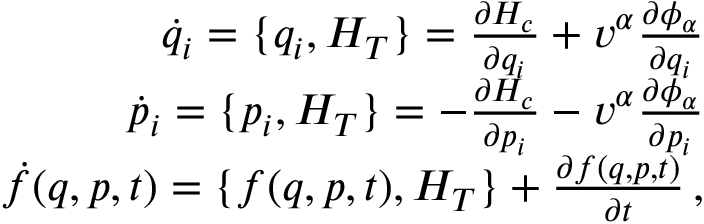
\begin{array} { r } { \dot { q } _ { i } = \{ q _ { i } , H _ { T } \} = \frac { \partial H _ { c } } { \partial q _ { i } } + v ^ { \alpha } \frac { \partial \phi _ { \alpha } } { \partial q _ { i } } } \\ { \dot { p } _ { i } = \{ p _ { i } , H _ { T } \} = - \frac { \partial H _ { c } } { \partial p _ { i } } - v ^ { \alpha } \frac { \partial \phi _ { \alpha } } { \partial p _ { i } } } \\ { \dot { f } ( q , p , t ) = \{ f ( q , p , t ) , H _ { T } \} + \frac { \partial f ( q , p , t ) } { \partial t } \, , } \end{array}